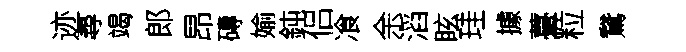
迹尋竭郎昂磚媮鈍侣飡余滔眩珪據薹粒鵞